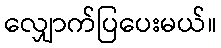
လျှောက်ပြပေးမယ်။